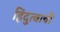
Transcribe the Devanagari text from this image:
हिंदुत्वाची